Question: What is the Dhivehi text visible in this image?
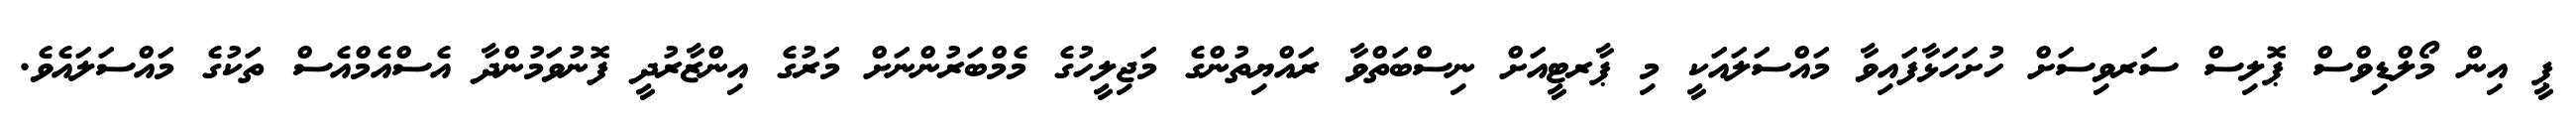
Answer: ޕީ އިން މޯލްޑިވްސް ޕޮލިސް ސަރވިސަށް ހުށަހަޅާފައިވާ މައްސަލައަކީ މި ޕާރޓީއަށް ނިސްބަތްވާ ރައްޔިތުންގެ މަޖިލީހުގެ މެމްބަރުންނަށް މަރުގެ އިންޒާރުދީ ފޮނުވަމުންދާ އެސްއެމްއެސް ތަކުގެ މައްސަލައެވެ.